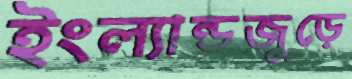
ইংল্যান্ডজুড়ে